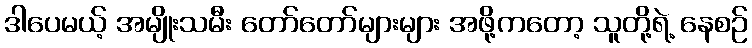
ဒါပေမယ့် အမျိုးသမီး တော်တော်များများ အဖို့ကတော့ သူတို့ရဲ့ နေစဉ်